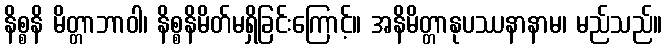
နိစ္စနိ မိတ္တာဘာဝါ၊ နိစ္စနိမိတ်မရှိခြင်းကြောင့်။ အနိမိတ္တာနုပဿနာနာမ၊ မည်သည်။